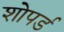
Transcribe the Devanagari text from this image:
शोपर्ड